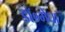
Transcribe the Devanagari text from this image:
डॉ०मेधा